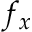
f _ { x }